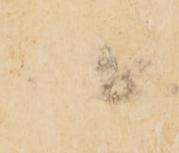
書